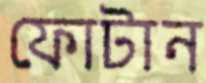
ফোটান